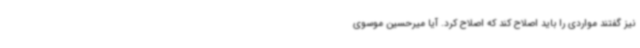
نیز گفتند مواردی را باید اصلاح کند که اصلاح کرد. آیا میرحسین موسوی